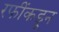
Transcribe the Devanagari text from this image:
रफींकडून